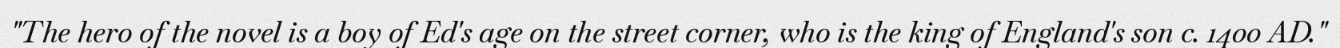
"The hero of the novel is a boy of Ed's age on the street corner, who is the king of England's son c. 1400 AD."